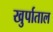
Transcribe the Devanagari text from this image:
खुर्पाताल